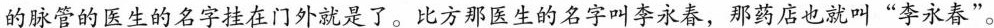
的脉管的医生的名字挂在门外就是了。比方那医生的名字叫李永春，那药店也就叫“李永春”。